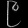
Digit: ၉